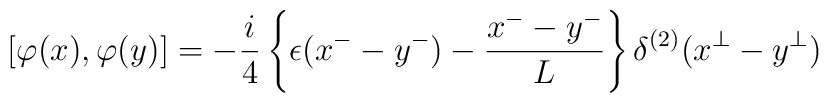
\left[\varphi(x),\varphi(y)\right]=-{i \over4}\left\{\epsilon(x^--y^-)-{x^--y^- \over L}\right\}\delta^{(2)}(x^{\bot}-y^{\bot})\quad